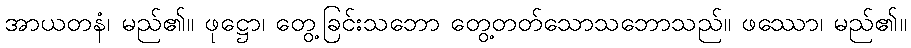
အာယတနံ၊ မည်၏။ ဖုဋ္ဌော၊ တွေ့ခြင်းသဘော တွေ့တတ်သောသဘောသည်။ ဖဿော၊ မည်၏။